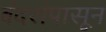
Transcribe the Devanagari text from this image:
बंदरांपासून